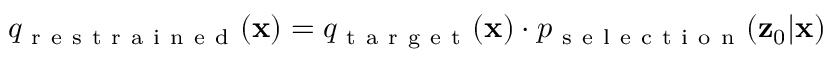
q _ { \mathrm { ~ r ~ e ~ s ~ t ~ r ~ a ~ i ~ n ~ e ~ d ~ } } ( \mathbf { x } ) = q _ { \mathrm { ~ t ~ a ~ r ~ g ~ e ~ t ~ } } ( \mathbf { x } ) \cdot p _ { \mathrm { ~ s ~ e ~ l ~ e ~ c ~ t ~ i ~ o ~ n ~ } } ( \mathbf { z } _ { 0 } | \mathbf { x } )